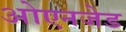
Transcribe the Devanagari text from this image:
ओएनजेड